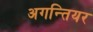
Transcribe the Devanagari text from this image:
अगन्तियर